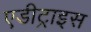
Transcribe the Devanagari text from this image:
एडीट्राइस